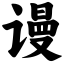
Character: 谩